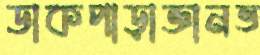
ডাকপাড়াজ্ঞানভ